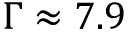
\Gamma \approx 7 . 9